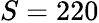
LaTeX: S=220